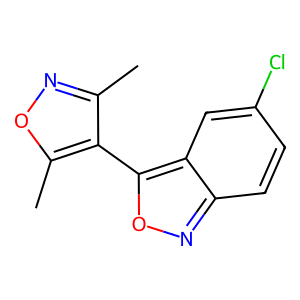
SMILES: Cc1noc(C)c1-c1onc2ccc(Cl)cc12
Inhibits HIV replication: No